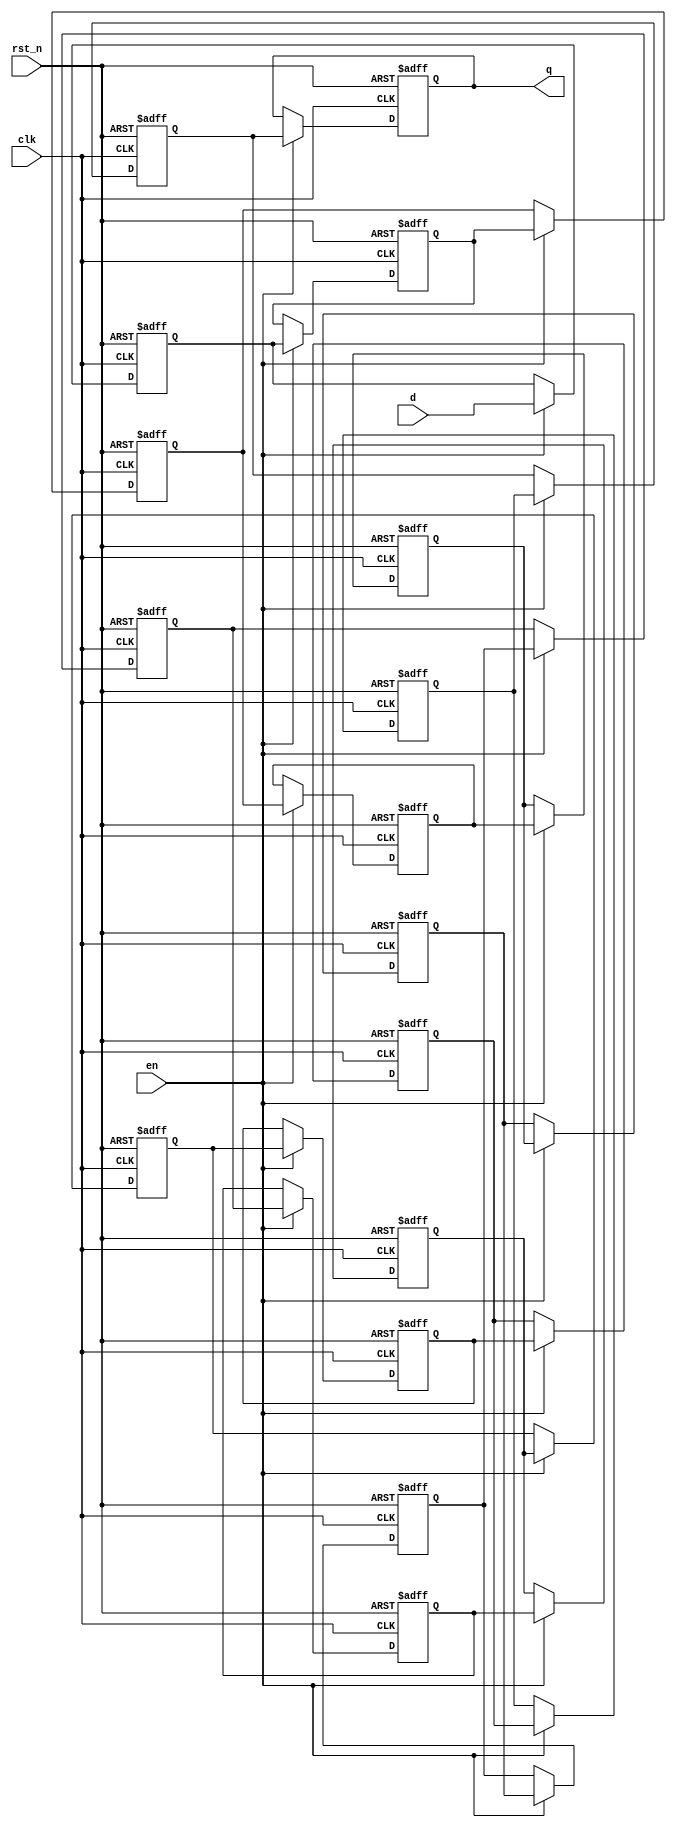
`default_nettype none
module shift_register
#(
  parameter DEPTH  = 16,
  parameter DWIDTH = 8
) (
  input  wire              rst_n,
  input  wire              clk,
  input  wire              en,
  input  wire [DWIDTH-1:0] d,
  output wire [DWIDTH-1:0] q
);

reg [DWIDTH-1:0] core [0:DEPTH-1];
assign q      = core[DEPTH-1];

always @(posedge clk or negedge rst_n) begin
  if(~rst_n)
    core[0] <= 0;
  else if(en)
    core[0] <= #1 d;
end

genvar i;
generate
for (i = 1; i < DEPTH; i = i + 1) begin :SHIFT_REG
  always @(posedge clk or negedge rst_n) begin
    if(~rst_n)
      core[i] <= 0;
    else if (en)
      core[i] <= #1 core[i-1];
  end
end
endgenerate

endmodule
`default_nettype wire